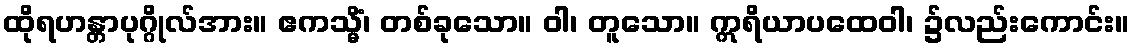
ထိုရဟန္တာပုဂ္ဂိုလ်အား။ ဧကသ္မိံ၊ တစ်ခုသော။ ဝါ၊ တူသော။ ဣရိယာပထေဝါ၊ ၌လည်းကောင်း။